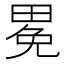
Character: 𤲈